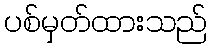
ပစ်မှတ်ထားသည်